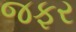
જફર